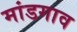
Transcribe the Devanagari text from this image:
मांडगाव